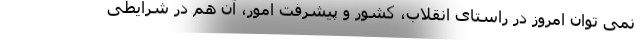
نمی توان امروز در راستای انقلاب، کشور و پیشرفت امور، آن هم در شرایطی